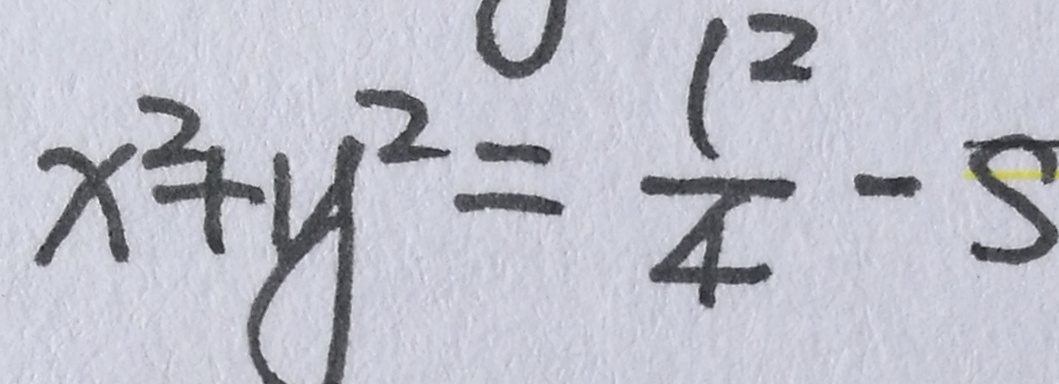
x ^ { 2 } + y ^ { 2 } = \frac { 1 ^ { 2 } } { 4 } - S